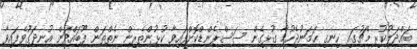
ބައްދަލުކުރި މެޗުގައި ހިނގި ހަމަނުޖެހުމާ ގުޅިގެން ސަސްޕެންޑްކޮށްފައިވާ ކުޅުންތެރިން ނެތްތަން ފޫބައްދަން އުނދަގޫވެފައިވާ